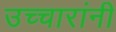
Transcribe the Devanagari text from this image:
उच्चारांनी